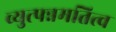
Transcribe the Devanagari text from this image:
व्युत्पन्नमतित्व